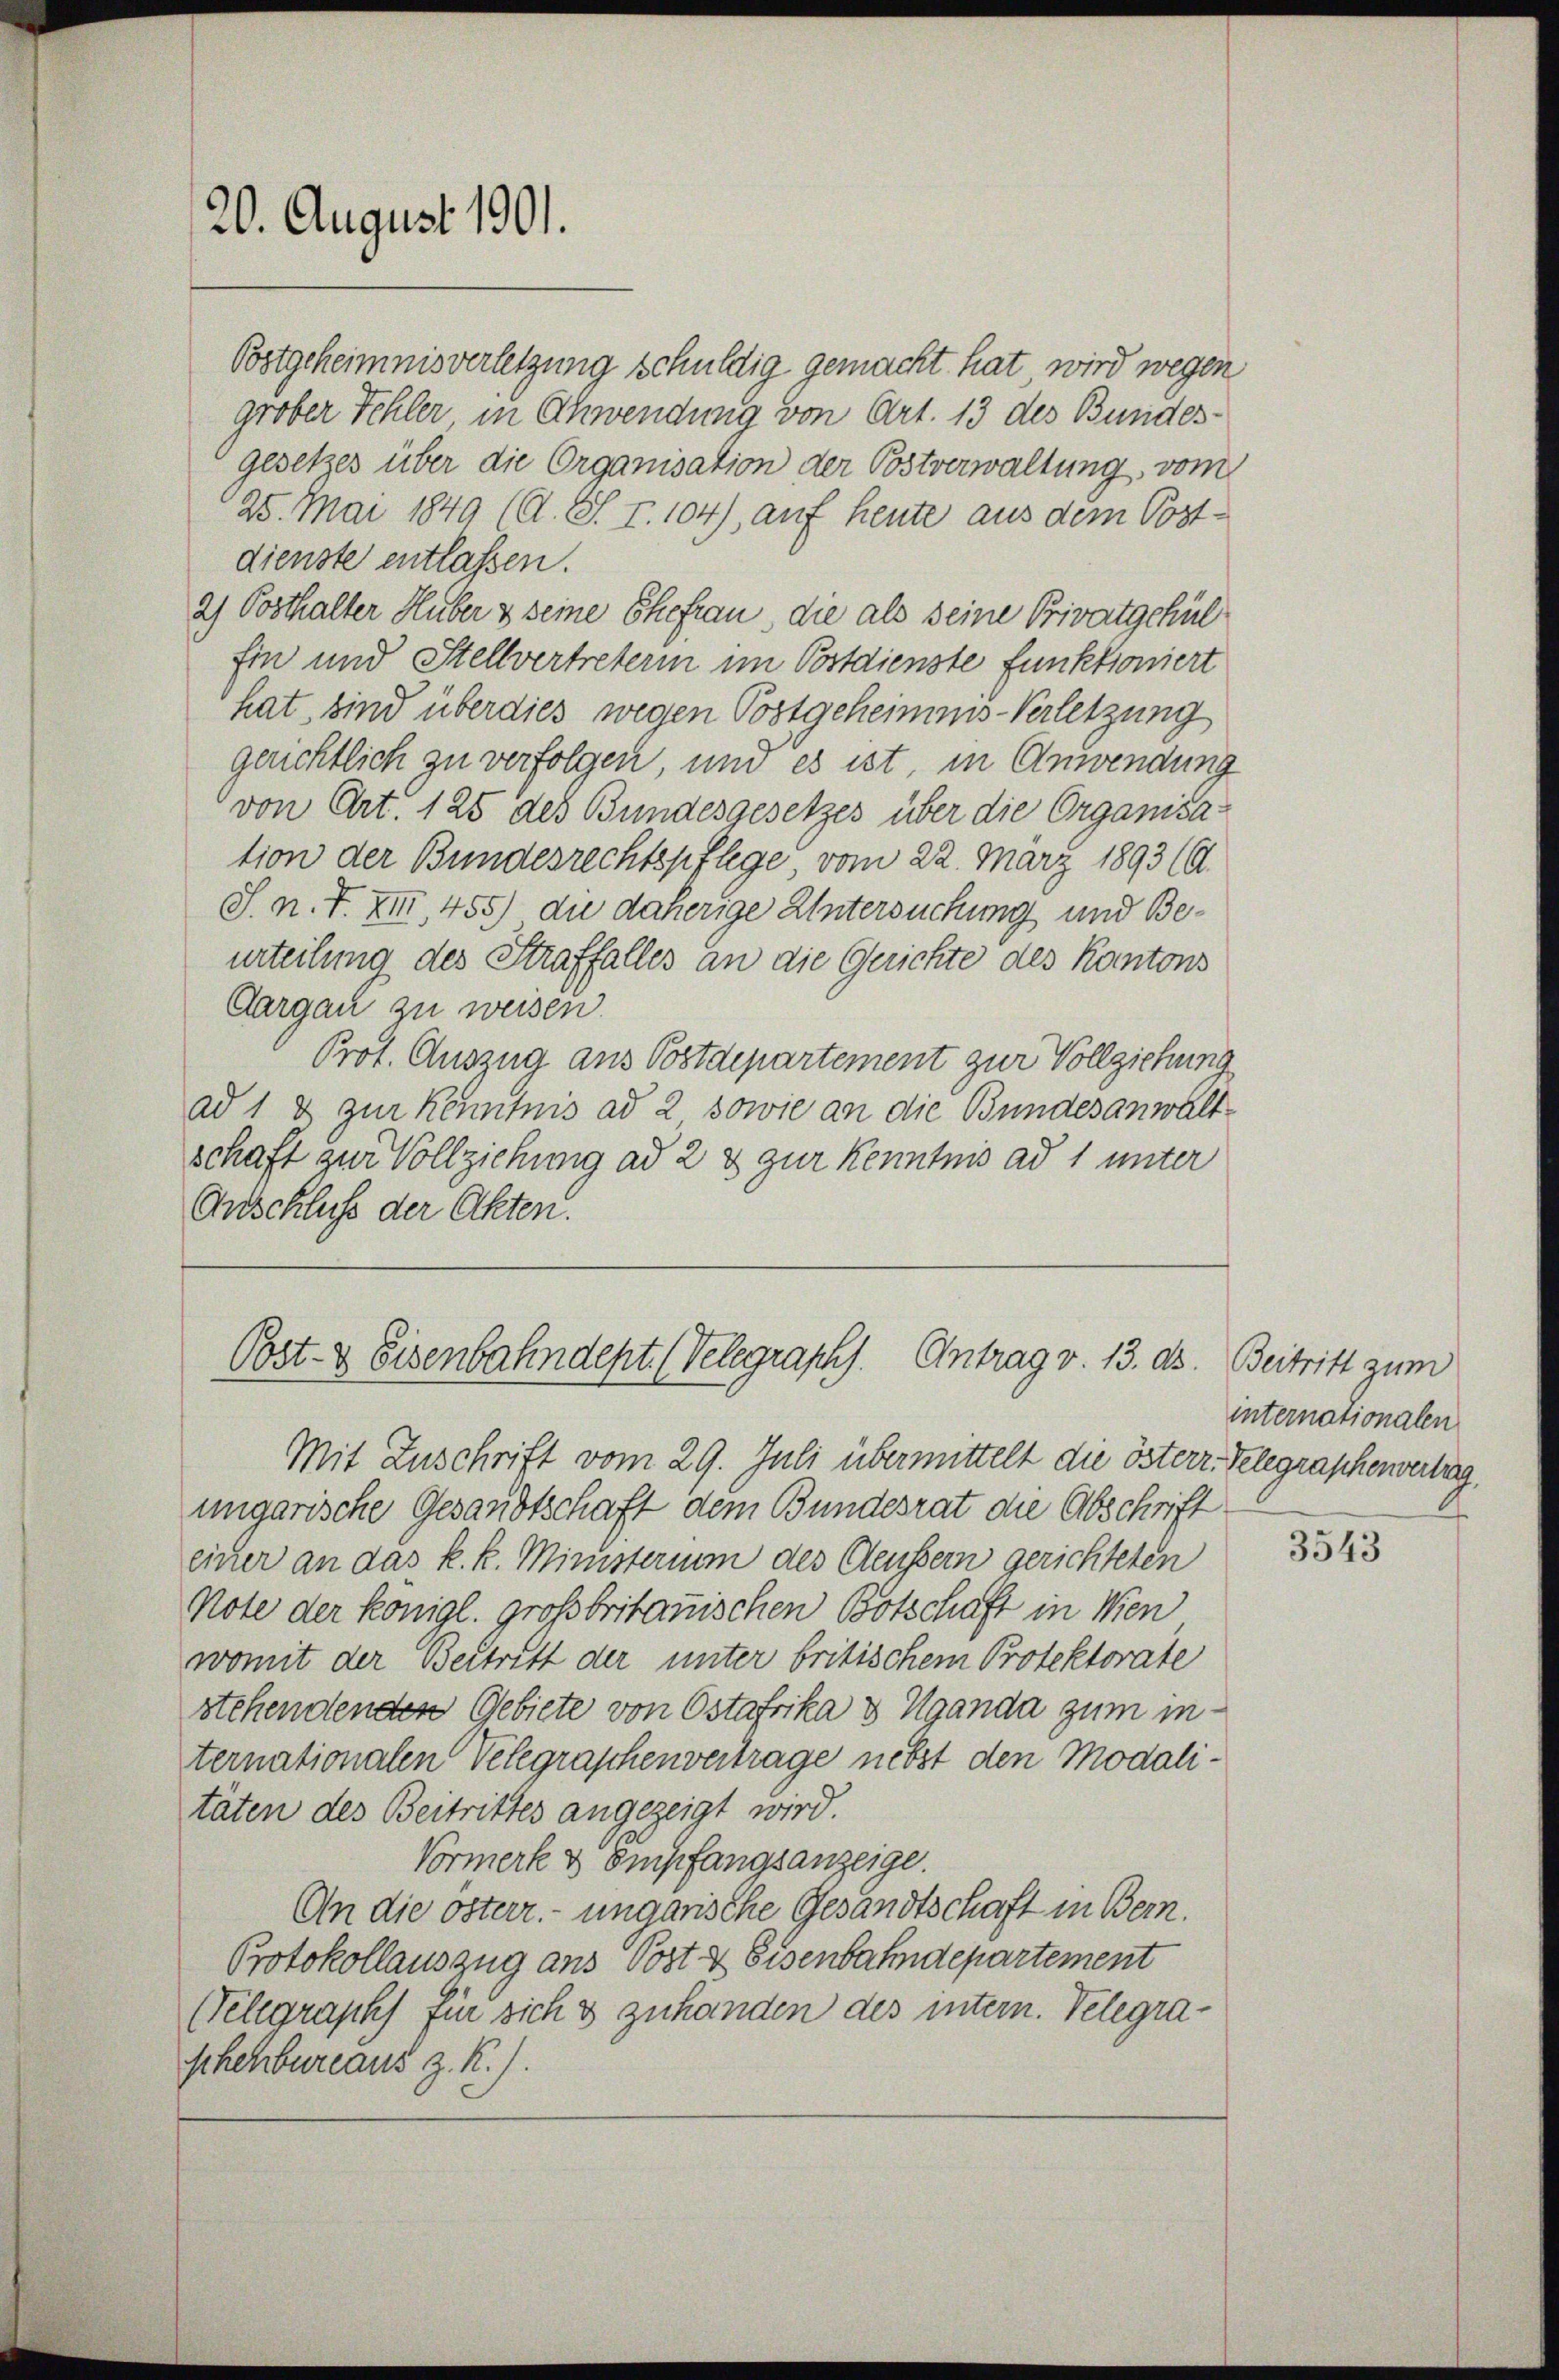
Bostgeheimnisverletzung schuldig gemacht hat, wird wegen
grober Fehler in Schwendung von Art. 13 des Bundesgesetzes über die Organisation der Postverwaltung, vom
25. Mai 1849 (d. S. I. 104), auf heute aus dem Postdienste entlassen.
2) Posthalter Huber & seine Ehefrau, die als seine Privatgehülfin und Stellvertreterin im Postdienste funktioniert
hat, sind überdies wegen Postgeheimnis-Verletzung
gerichtlich zu verfolgen, und es ist, in Anwendung
von Art. 125 des Bundesgesetzes über die Organisation der Bundesrechtspflege, vom 22. März 1893 (d.
S. n. F. XI, 455) die daherige Untersuchung und Beurteilung des Straffalles an die Gerichte des Kantons
Aargau zu weisen.
Prot. Auszug aus Postdepartement zur Vollziehung
ad 1 & zur Kenntnis ad 2 sowie an die Bundesanwaltschaft zur Vollziehung ad 2 & zur Kenntnis ad 1 unter
Anschluß der Akten.

20. August 1901.

Post- & Eisenbahndept. (Velegraphs. Antrag v. 13. ds. Beitritt zum

Mit Zuschrift vom 29. Juli übermittelt die österr. Telegraphenvertung,
ungarische Gesandtschaft dem Bundesrat die Abschrift
einer an das k. k. Ministerium des Aeussern gerichteten
Note der Königl. großbritanischen Botschaft in Wien
womit der Beitritt der unter britischem Protektorate
stehendenden Gebiete von Ostafrika & Uganda zum internationalen Velegraschenvertrage nebst den Modalitäten des Beitrittes angezeigt wird.
Vormerk & Empfangsanzeige.
An die österr. ungarische Gesandtschaft in Bern.
Protokollauszug aus Post & Eisenbahndepartement
(Telegraphs für sich & zuhanden des intern. Telegrashehbureaus z. R./.

internationalen

3543